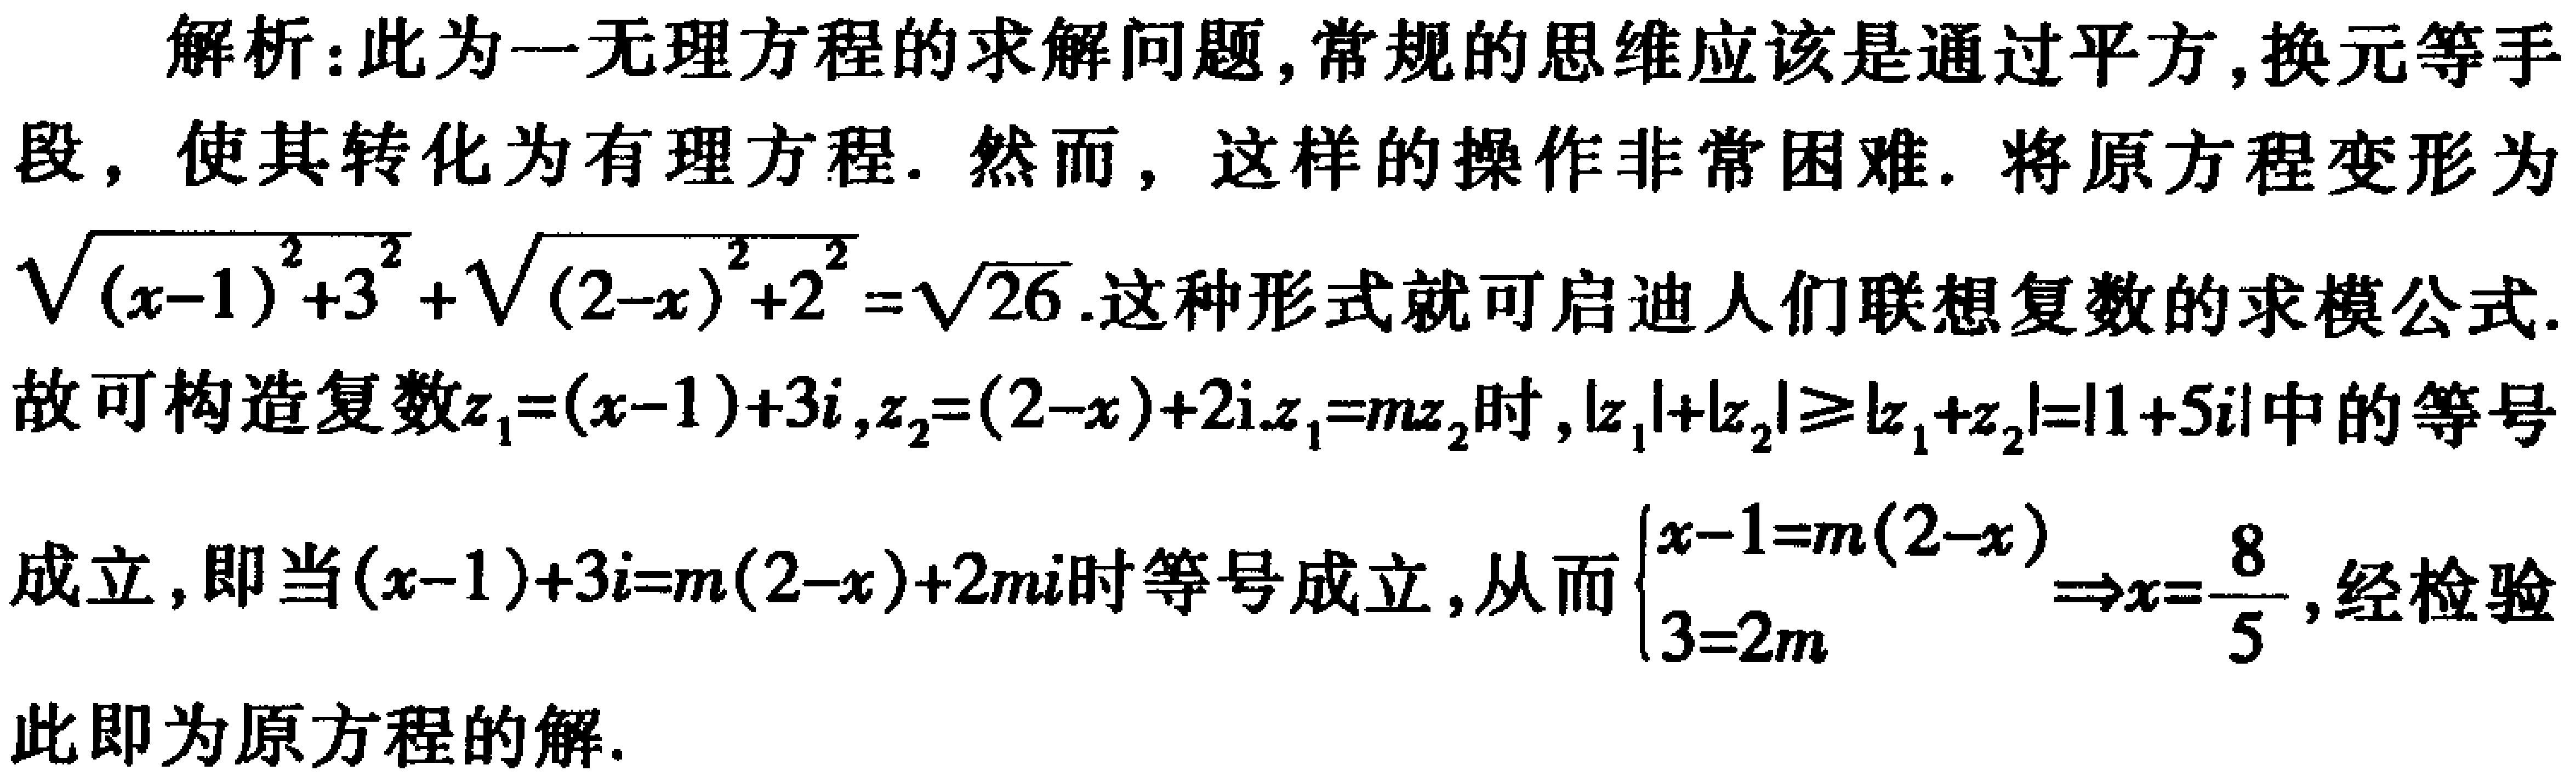
解析：此为一无理方程的求解问题,常规的思维应该是通过平方,换元等手段，使其转化为有理方程. 然而，这样的操作非常困难. 将原方程变形为\(\sqrt{(x - 1)^2+3^2}+\sqrt{(2 - x)^2+2^2}=\sqrt{26}\).这种形式就可启迪人们联想复数的求模公式.故可构造复数\(z_1=(x - 1)+3i,z_2=(2 - x)+2i.z_1=mz_2\)时,\(\vert z_1\vert+\vert z_2\vert\geq\vert z_1 + z_2\vert=\vert1 + 5i\vert\)中的等号成立,即当\((x - 1)+3i=m(2 - x)+2mi\)时等号成立,从而\(\begin{cases}x - 1=m(2 - x)\\3 = 2m\end{cases}\Rightarrow x=\frac{8}{5}\),经检验此即为原方程的解.